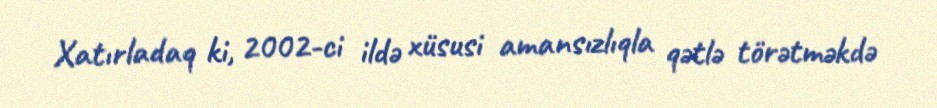
Xatırladaq ki, 2002-ci ildə xüsusi amansızlıqla qətlə törətməkdə